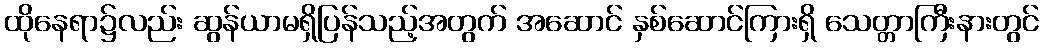
ထိုနေရာ၌လည်း ဆွန်ယာမရှိပြန်သည့်အတွက် အဆောင် နှစ်ဆောင်ကြားရှိ သေတ္တာကြီးနားတွင်